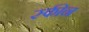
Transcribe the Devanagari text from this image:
स्फीन